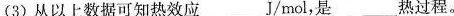
(3)从以上数据可知热效应___J/mol，是___热过程。